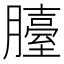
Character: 𦢀